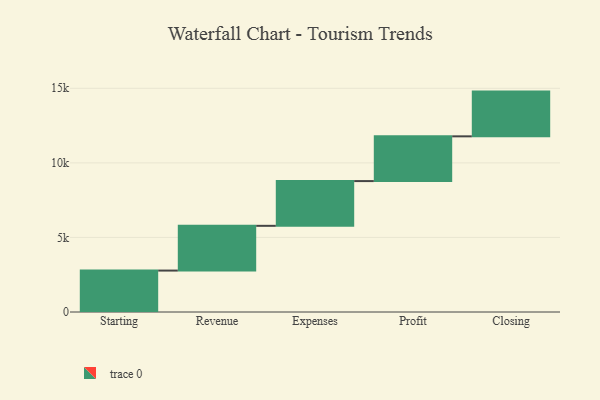
{"axis": {"x": "Step", "y": "Value"}, "legend": [""], "data": [{"x": "Starting", "y": 2778.0, "type": ""}, {"x": "Revenue", "y": 3000, "type": ""}, {"x": "Expenses", "y": 3000, "type": ""}, {"x": "Profit", "y": 3000, "type": ""}, {"x": "Closing", "y": 3000, "type": ""}]}